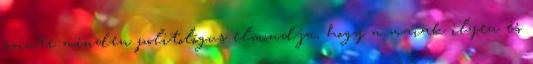
szinte minden politológus elmondja, hogy a maiak ilyen és